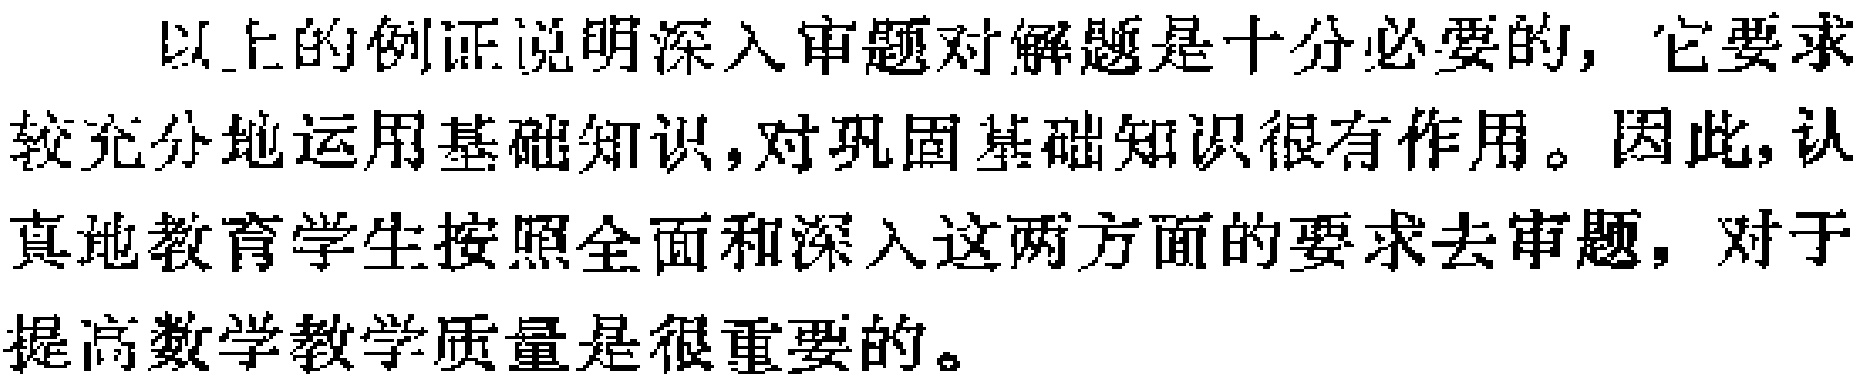
以上的例证说明深入审题对解题是十分必要的, 它要求较充分地运用基础知识,对巩固基础知识很有作用。因此,认真地教育学生按照全面和深入这两方面的要求去审题, 对于提高数学教学质量是很重要的。